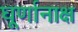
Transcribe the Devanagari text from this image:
घूर्णानाक्ष